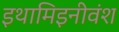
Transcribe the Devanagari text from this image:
इथामिइनीवंश